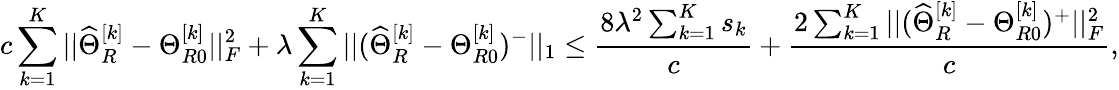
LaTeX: c\sum_{k=1}^{K}||\widehat{\Theta}_{R}^{[k]}-\Theta_{R0}^{[k]}||_{F}^{2}+\lambda\sum_{k=1}^{K}||(\widehat{\Theta}_{R}^{[k]}-\Theta_{R0}^{[k]})^{-}||_{1}\leq\frac{8\lambda^{2}\sum_{k=1}^{K}s_{k}}{c}+\frac{2\sum_{k=1}^{K}||(\widehat{\Theta}_{R}^{[k]}-\Theta_{R0}^{[k]})^{+}||_{F}^{2}}{c},